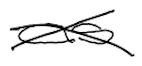
Text: as
Cross-out: cross
Writing tool: digital_black